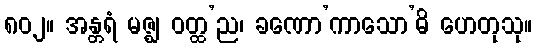
၈၀၂။ အန္တရံ မဇ္ဈ ဝတ္ထ’ည၊ ခဏော’ကာသော’ဓိ ဟေတုသု။